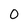
Character: 0